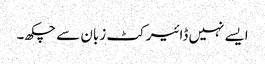
ایسے نہیں ڈائیرکٹ زبان سے چکھ۔